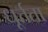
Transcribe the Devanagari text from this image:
धूर्त्तता